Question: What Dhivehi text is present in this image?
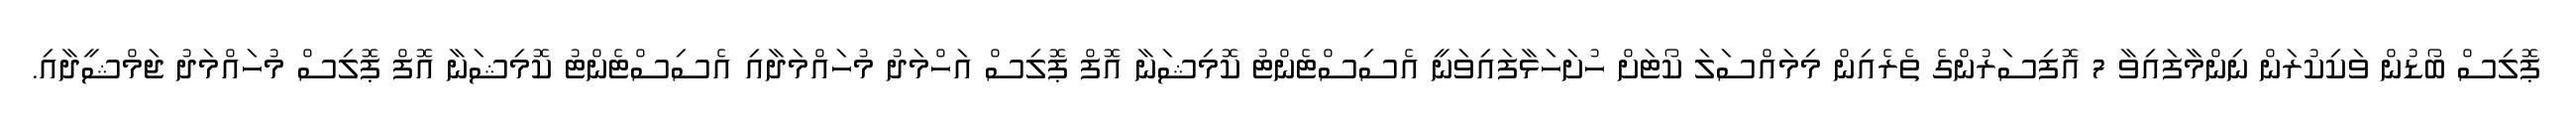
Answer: ޕޮލިސް ބޯޑުން ވަކިކުރަން ނިންމާފައިވާ 7 އޮފިސަރުންގެ ތެރެއިން މިމައްސަލަ ކޯޓަށް ހުށަހަޅާފައިވަނީ އެސިސްޓެންޓު ކޮމިޝަނާ އޮފް ޕޮލިސް އަހްމަދު މުހައްމަދާއި އެސިސްޓެންޓު ކޮމިޝަނާ އޮފް ޕޮލިސް މުހައްމަދު ޖަމްޝީދާއި.